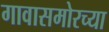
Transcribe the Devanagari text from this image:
गावासमोरच्या